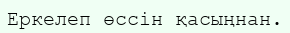
Еркелеп өссін қасыңнан.